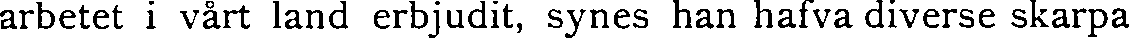
arbetet i vårt land erbjudit, synes han hafva diverse skarpa